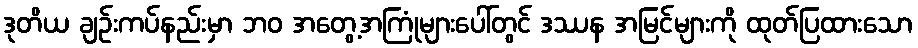
ဒုတိယ ချဉ်းကပ်နည်းမှာ ဘဝ အတွေ့အကြုံများပေါ်တွင် ဒဿန အမြင်များကို ထုတ်ပြထားသော